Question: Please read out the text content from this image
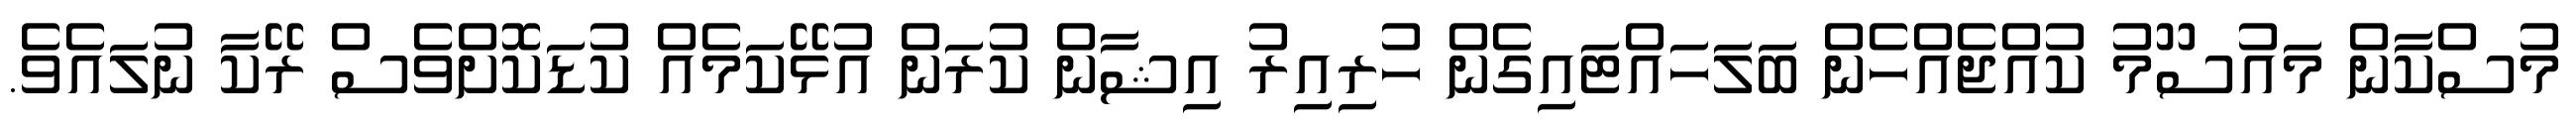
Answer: މުސްކާން މައުސޫމު ކުއްޖެއްހެން ބަލަހައްޓައިގެން ހުރިއިރު އިޝާން ކުރަން އުޅޭކަމެއް ކުޑަކޮށްވެސް ރޭކާ ނުލައެވެ.